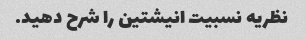
نظریه نسبیت انیشتین را شرح دهید.